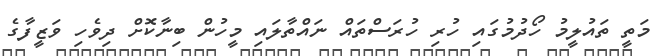
މަތީ ތައުލީމު ހޯދުމުގައި ހުރި ހުރަސްތައް ނައްތާލައި މީހުން ބިނާކޮށް ދިވެހި ވަޒީފާގެ